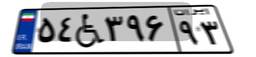
۱۴W۵۹۷۹۶